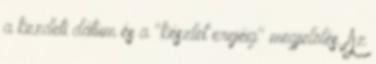
a kezdeti dátum és a "készlet erejéig" megjelölés. Az